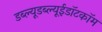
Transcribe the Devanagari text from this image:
डब्ल्यूडब्ल्यूईडॉटकॉम